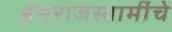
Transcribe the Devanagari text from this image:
हंसराजस्वामींचे